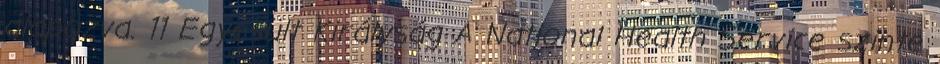
alapozva. 11 Egyesült Királyság A National Health Service szinte